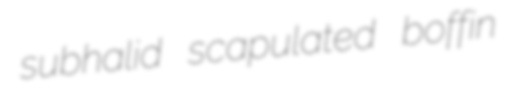
subhalid scapulated boffin